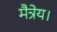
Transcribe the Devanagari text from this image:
मैत्रेय।